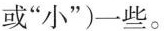
或”小”)一些。